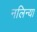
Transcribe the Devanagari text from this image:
नलिन्या